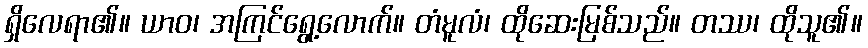
ရှိလေရာ၏။ ယာဝ၊ အကြင်ရွေ့လောက်။ တံမူလံ၊ ထိုဆေးမြစ်သည်။ တဿ၊ ထိုသူ၏။